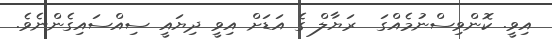
އިވީ. ކޮންވިސްނުމެއްގަ  ރަޔާލް ގެ އަޑަށް އިވީ ދިޔައީ ސިއްސައިގެންނެވެ.